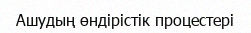
Ашудың өндiрiстiк процестерi